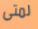
لمتى